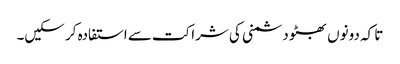
تا کہ دونوں بھٹو دشمنی کی شراکت سے استفادہ کر سکیں۔